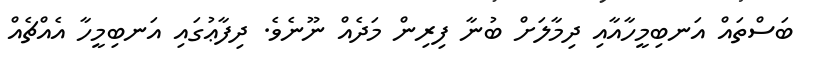
ބަސްތައް އަނބިމީހާއާއި ދިމާލަށް ބުނާ ފިރިން މަދެއް ނޫނެވެ. ދިފާޢުގައި އަނބިމީހާ އެއްޗެއް